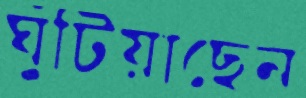
ঘুঁটিয়াছেন